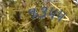
૧૩૫૫